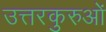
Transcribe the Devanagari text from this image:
उत्तरकुरुओं